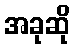
အခုဆို